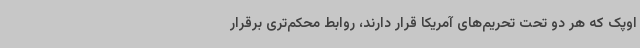
اوپک که هر دو تحت تحریم‌های آمریکا قرار دارند، روابط محکم‌تری برقرار